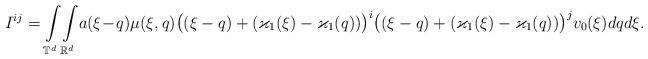
LaTeX: \begin{align*}I^{ij} =\int\limits_{\mathbb T^d} \! \int\limits_{\mathbb R^d}\! a (\xi\!-\!q) \mu (\xi, q ) \big( (\xi - q ) + ( \varkappa_1 (\xi) - \varkappa_1 (q)) \big)^i \big( (\xi - q ) + ( \varkappa_1 (\xi) - \varkappa_1 (q)) \big)^j v_0(\xi) dq d\xi.\end{align*}